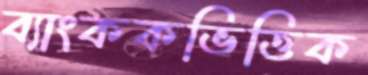
ব্যাংককভিত্তিক